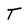
Character: T